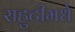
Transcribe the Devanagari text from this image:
राहुटीमधे